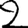
Digit: 2